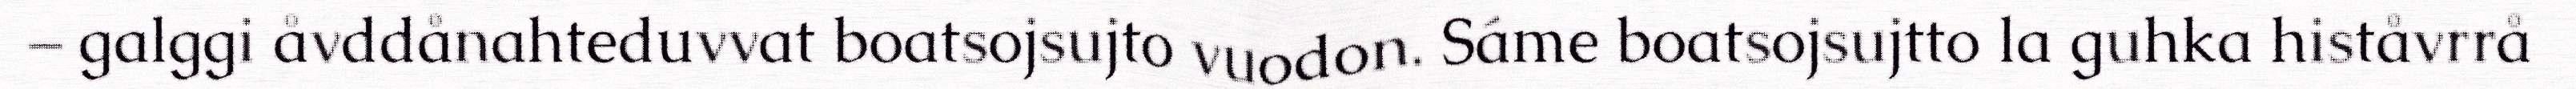
– galggi åvddånahteduvvat boatsojsujto vuodon. Sáme boatsojsujtto la guhka histåvrrå